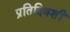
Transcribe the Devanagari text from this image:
प्रतिदिवशीं